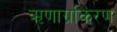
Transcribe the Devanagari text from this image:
ऋणाग्रकिरण